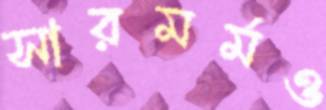
সারমর্মও